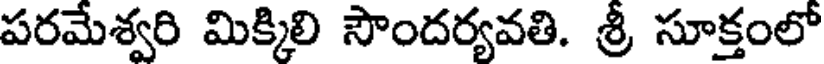
పరమేశ్వరి మిక్కిలి సౌందర్యవతి. శ్రీ సూక్తంలో